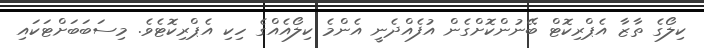
ކިލޯގެ ތާޒާ އެޕްރިކޮޓް ބޭނުންކޮށްގެން އުފެއްދެނީ އެންމެ ކިލޯއެއްގެ ހިކި އެޕްރިކޮޓެވެ. މިސަބަބަށްޓަކައި